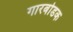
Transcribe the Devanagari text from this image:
गारबोडक